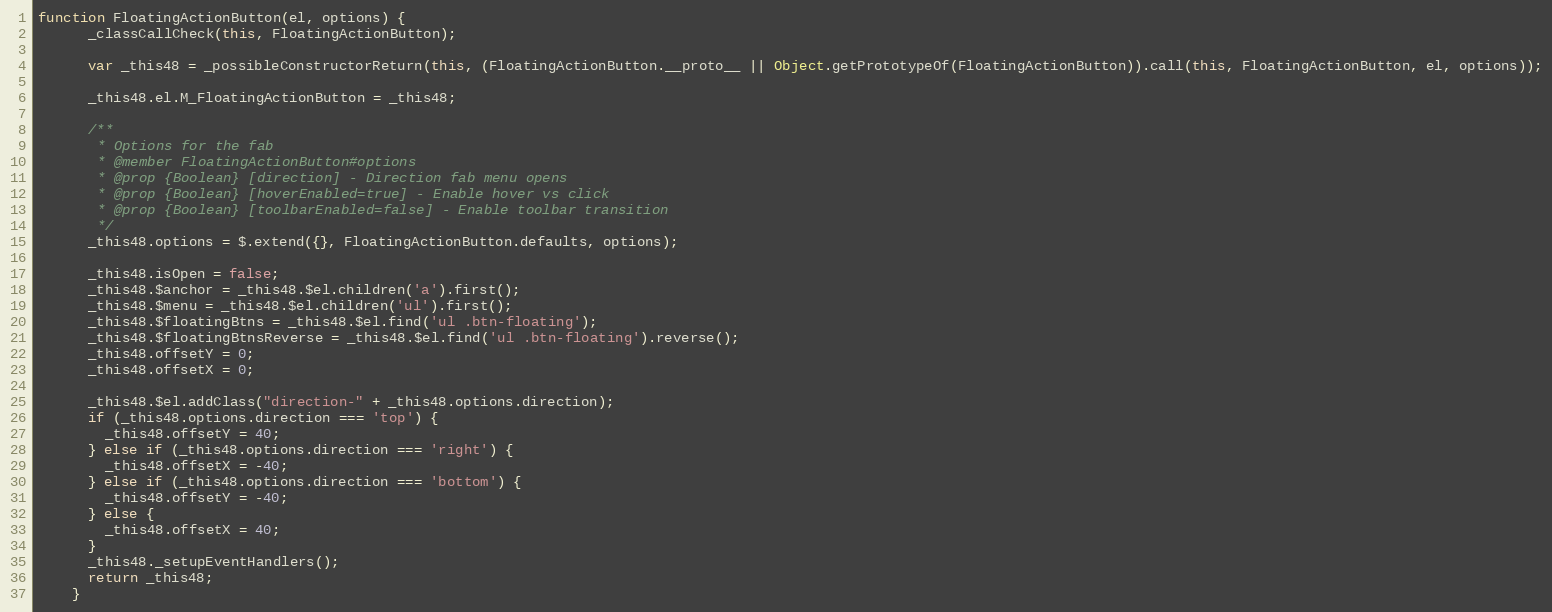
Language: JavaScript
function FloatingActionButton(el, options) {
      _classCallCheck(this, FloatingActionButton);

      var _this48 = _possibleConstructorReturn(this, (FloatingActionButton.__proto__ || Object.getPrototypeOf(FloatingActionButton)).call(this, FloatingActionButton, el, options));

      _this48.el.M_FloatingActionButton = _this48;

      /**
       * Options for the fab
       * @member FloatingActionButton#options
       * @prop {Boolean} [direction] - Direction fab menu opens
       * @prop {Boolean} [hoverEnabled=true] - Enable hover vs click
       * @prop {Boolean} [toolbarEnabled=false] - Enable toolbar transition
       */
      _this48.options = $.extend({}, FloatingActionButton.defaults, options);

      _this48.isOpen = false;
      _this48.$anchor = _this48.$el.children('a').first();
      _this48.$menu = _this48.$el.children('ul').first();
      _this48.$floatingBtns = _this48.$el.find('ul .btn-floating');
      _this48.$floatingBtnsReverse = _this48.$el.find('ul .btn-floating').reverse();
      _this48.offsetY = 0;
      _this48.offsetX = 0;

      _this48.$el.addClass("direction-" + _this48.options.direction);
      if (_this48.options.direction === 'top') {
        _this48.offsetY = 40;
      } else if (_this48.options.direction === 'right') {
        _this48.offsetX = -40;
      } else if (_this48.options.direction === 'bottom') {
        _this48.offsetY = -40;
      } else {
        _this48.offsetX = 40;
      }
      _this48._setupEventHandlers();
      return _this48;
    }